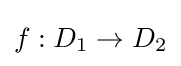
f:D_{1}\rightarrow D_{2}